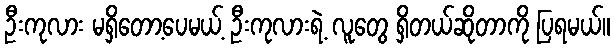
ဦးကုလား မရှိတော့ပေမယ့် ဦးကုလားရဲ့ လူတွေ ရှိတယ်ဆိုတာကို ပြရမယ်။